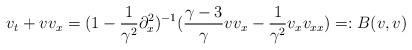
LaTeX: \begin{align*} v_t + vv_x = (1-\frac{1}{\gamma^2} \partial_x^2)^{-1}(\frac{\gamma-3}{\gamma} v v_x - \frac{1}{\gamma^2} v_x v_{xx})=:B(v,v)\end{align*}